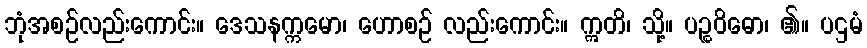
ဘုံအစဉ်လည်းကောင်း။ ဒေသနက္ကမော၊ ဟောစဉ် လည်းကောင်း။ ဣတိ၊ သို့။ ပဉ္စဝိဓော၊ ၏။ ပဌမံ